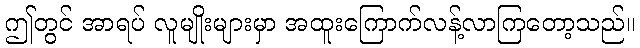
ဤတွင် အာရပ် လူမျိုးများမှာ အထူးကြောက်လန့်လာကြတော့သည်။